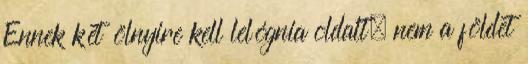
Ennek két ölnyire kell lelógnia oldalt, nem a földet